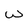
Character: W